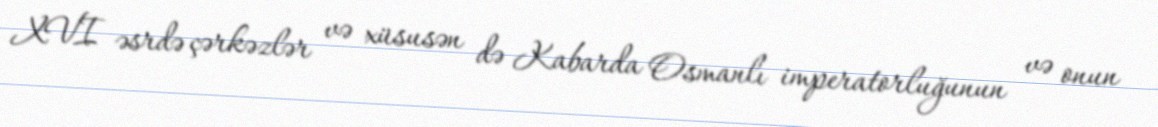
XVI əsrdə çərkəzlər və xüsusən də Kabarda Osmanlı imperatorluğunun və onun